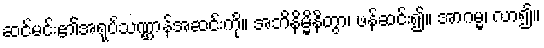
ဆင်မင်း၏အရုပ်သဏ္ဌာန်အဆင်းကို။ အဘိနိမ္မိနိတွာ၊ ဖန်ဆင်း၍။ အာဂမ္မ၊ လာ၍။